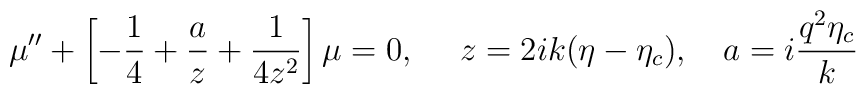
\mu''+ \left[ -\frac{1}{4} +\frac{a}{z} +\frac{1}{4z^2}\right]\mu=0,~~~~z=2ik(\eta-\eta_c),~~~a=i\frac{q^2\eta_c}{k}